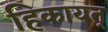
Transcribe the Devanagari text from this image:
हिकायत्‌